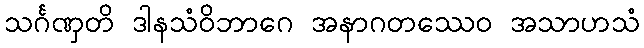
သင်္ဂဏှတိ ဒါနသံဝိဘာဂေ အနာဂတဿေဝ အသာဟသံ